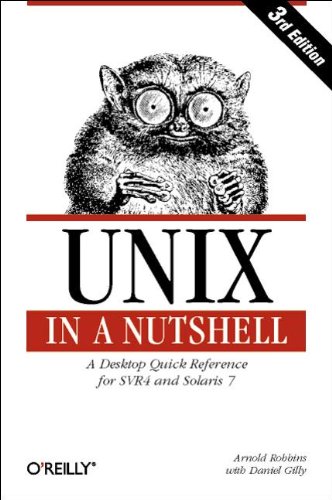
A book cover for UNIX in a Nutshell: System V Edition, 3rd Edition (In a Nutshell (O'Reilly)); Arnold Robbins; Computers & Technology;